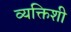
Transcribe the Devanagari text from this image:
व्यक्तिशी